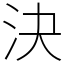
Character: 決